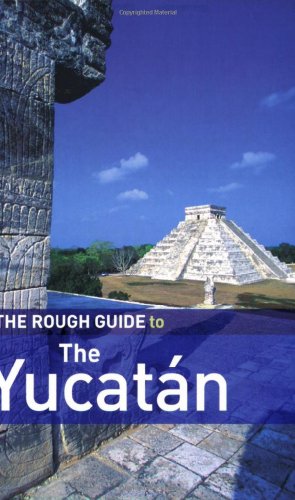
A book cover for The Rough Guide to Yucatan 2 (Rough Guide Travel Guides); Zora O'Neill; Travel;